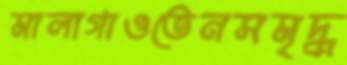
মালাগাওতেনসমৃদ্ধ